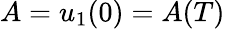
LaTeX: A=u_{1}(0)=A(T)